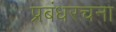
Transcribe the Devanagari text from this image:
प्रबंधरचना